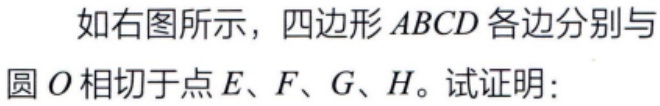
如右图所示，四边形\(ABCD\)各边分别与圆\(O\)相切于点\(E、F、G、H\)。试证明：